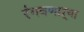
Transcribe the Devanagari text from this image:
रंगवणाऱ्या